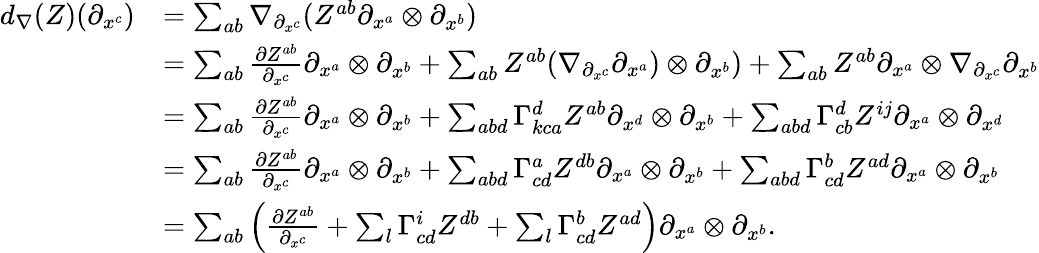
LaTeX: \begin{array}{rl}{d_{\nabla}(Z)(\partial_{x^{c}})}&{=\sum_{ab}\nabla_{\partial_{x^{c}}}(Z^{ab}\partial_{x^{a}}\otimes\partial_{x^{b}})}\\ &{=\sum_{ab}\frac{\partial Z^{ab}}{\partial_{x^{c}}}\partial_{x^{a}}\otimes\partial_{x^{b}}+\sum_{ab}Z^{ab}(\nabla_{\partial_{x^{c}}}\partial_{x^{a}})\otimes\partial_{x^{b}})+\sum_{ab}Z^{ab}\partial_{x^{a}}\otimes\nabla_{\partial_{x^{c}}}\partial_{x^{b}}}\\ &{=\sum_{ab}\frac{\partial Z^{ab}}{\partial_{x^{c}}}\partial_{x^{a}}\otimes\partial_{x^{b}}+\sum_{abd}\Gamma_{kca}^{d}Z^{ab}\partial_{x^{d}}\otimes\partial_{x^{b}}+\sum_{abd}\Gamma_{cb}^{d}Z^{ij}\partial_{x^{a}}\otimes\partial_{x^{d}}}\\ &{=\sum_{ab}\frac{\partial Z^{ab}}{\partial_{x^{c}}}\partial_{x^{a}}\otimes\partial_{x^{b}}+\sum_{abd}\Gamma_{cd}^{a}Z^{db}\partial_{x^{a}}\otimes\partial_{x^{b}}+\sum_{abd}\Gamma_{cd}^{b}Z^{ad}\partial_{x^{a}}\otimes\partial_{x^{b}}}\\ &{=\sum_{ab}\Big(\frac{\partial Z^{ab}}{\partial_{x^{c}}}+\sum_{l}\Gamma_{cd}^{i}Z^{db}+\sum_{l}\Gamma_{cd}^{b}Z^{ad}\Big)\partial_{x^{a}}\otimes\partial_{x^{b}}.}\end{array}